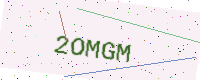
Text: 2OMGM